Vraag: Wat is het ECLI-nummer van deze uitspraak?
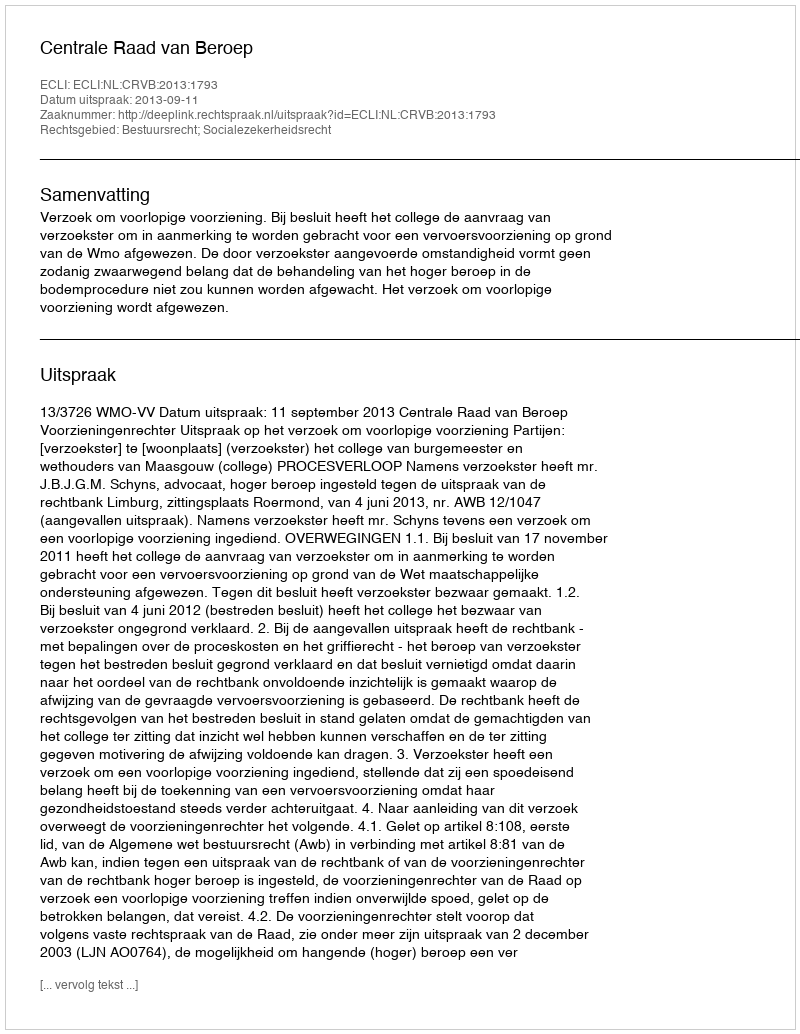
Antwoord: ECLI:NL:CRVB:2013:1793